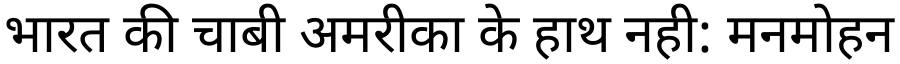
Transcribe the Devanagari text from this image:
भारत की चाबी अमरीका के हाथ नही: मनमोहन